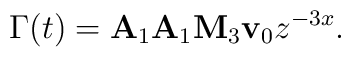
\Gamma(t)={\bf A}_1{\bf A}_1 {\bf M}_3 {\bf v}_0z^{-3x}.